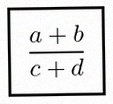
\frac{a+b}{c+d}